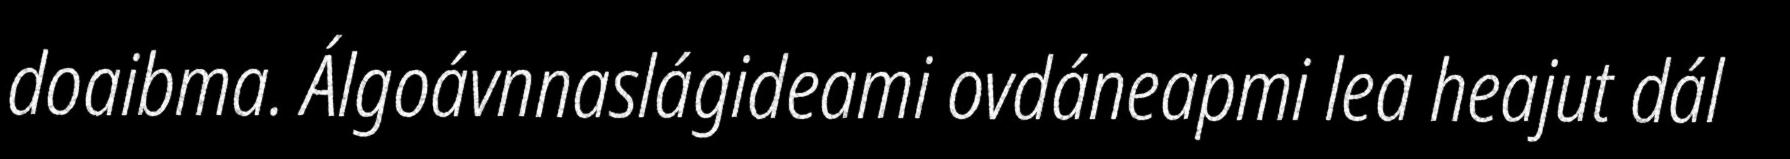
doaibma. Álgoávnnaslágideami ovdáneapmi lea heajut dál